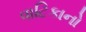
વાટિકાનો